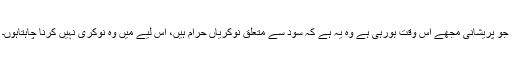
جو پریشانی مجھے اس وقت ہورہی ہے وہ یہ ہے کہ سود سے متعلق نوکریاں حرام ہیں، اس لیے میں وہ نوکری نہیں کرنا چاہتاہوں۔